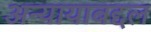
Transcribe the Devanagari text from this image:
अन्यायाबद्दल